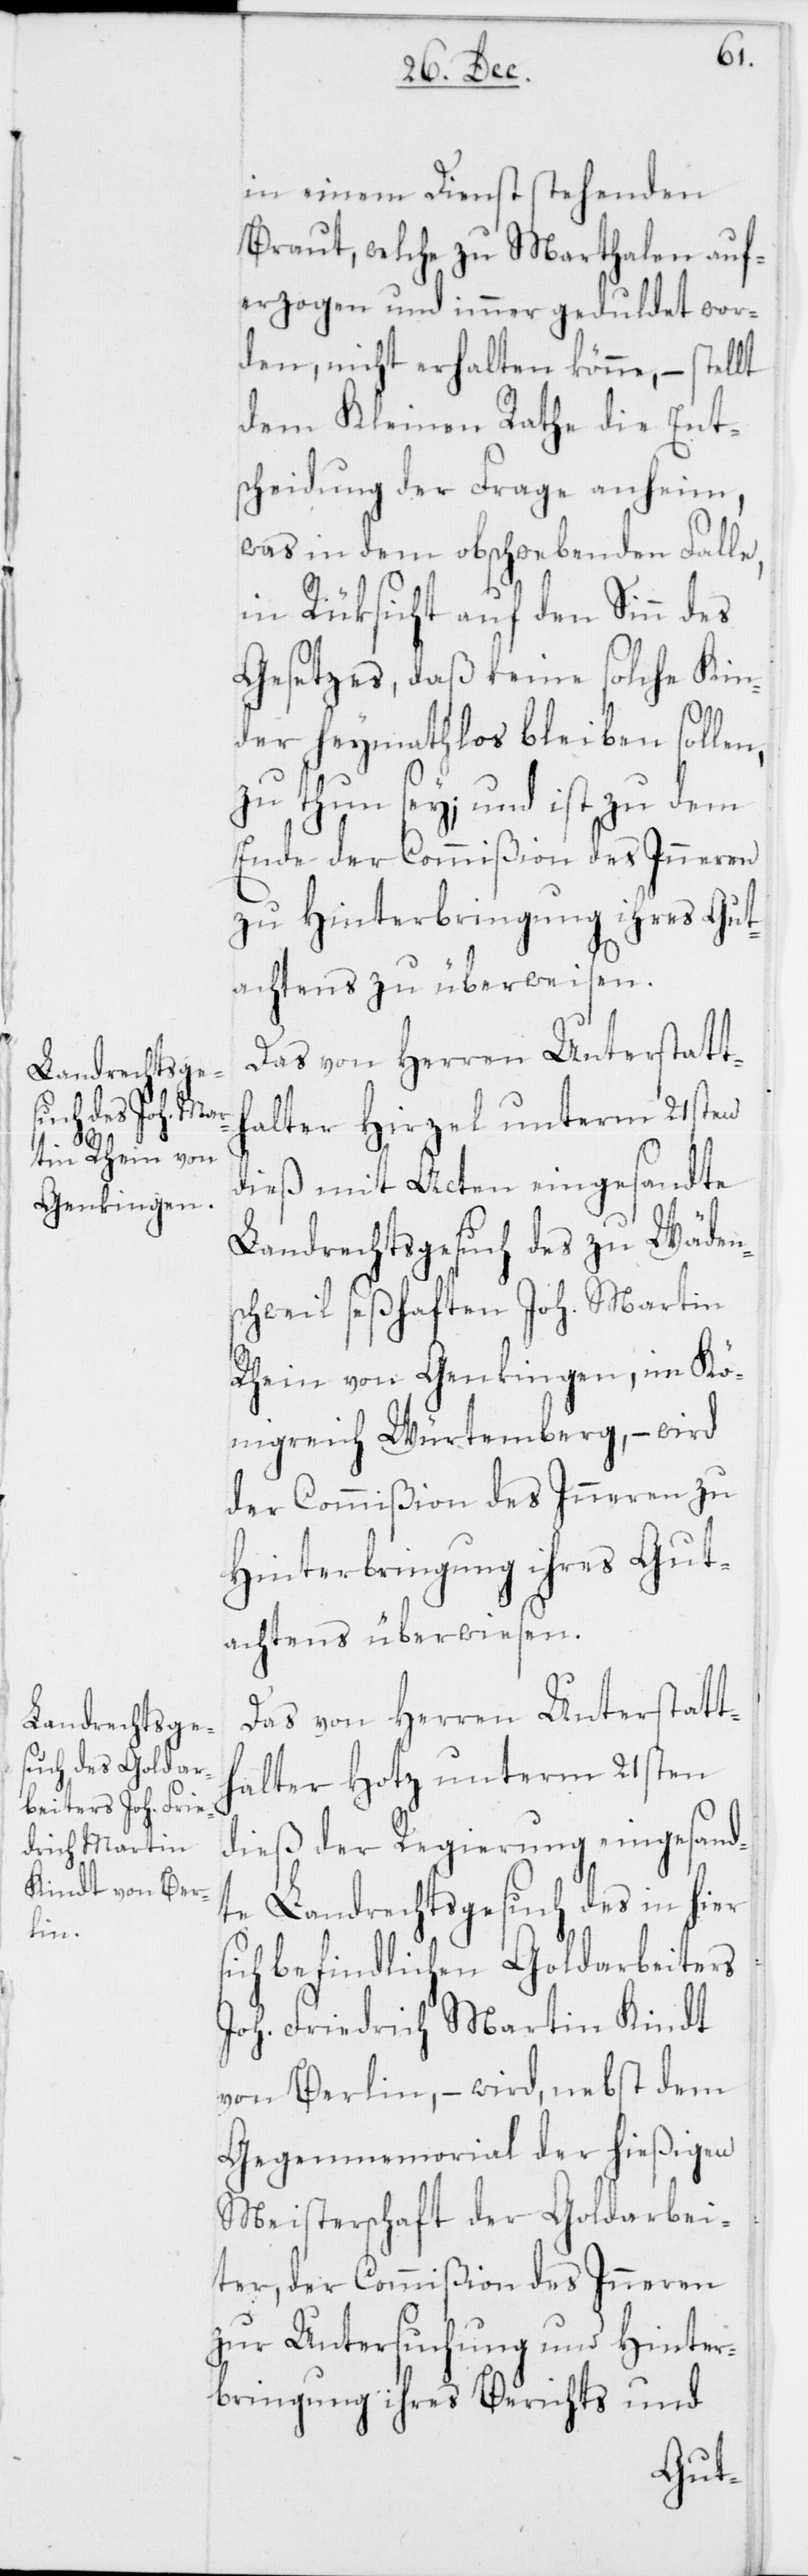
in einem Dienst stehenden
Braut, welche zu Marthalen auf¬
erzogen und immer geduldet wor¬
den, nicht erhalten könne, – stellt
dem Kleinen Rathe die Ent¬
scheidung der Frage anheim,
was in dem obschwebenden Falle,
in Rüksicht auf den Sinn des
Gesetzes, daß keine solche Kin¬
der heymathlos bleiben sollen,
zu thun sey; und ist zu dem
Ende der Commißion des Inneren
zu Hinterbringung ihres Gut¬
achtens zu überweisen.
Das von Herren Unterstatth¬
alter Hirzel unterm 21sten
dieß mit Acten eingesandte
Landrechtsgesuch des zu Wäden¬
schweil seßhaften Joh. Martin
Rhein von Genkingen im Kö¬
nigreich Würtemberg, – wird
der Commißion des Inneren zu
Hinterbringung ihres Gut¬
achtens überwiesen.
Das von Herren Unterstatt¬
halter Hotz unterm 21sten
dieß der Regierung eingesand¬
te Landrechtsgesuch des in hier
sich befindlichen Goldarbeiters
Joh. Friedrich Martin Kindt
von Berlin, – wird, nebst dem
Gegenmemorial der hießigen
Meisterschaft der Goldarbei¬
ter, der Commißion des Inneren
zur Untersuchung und Hinter¬
bringung ihres Berichts und